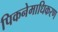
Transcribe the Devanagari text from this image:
पिकनेमाधिकरण